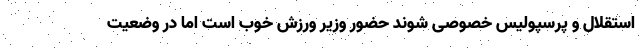
استقلال و پرسپولیس خصوصی شوند حضور وزیر ورزش خوب است اما در وضعیت